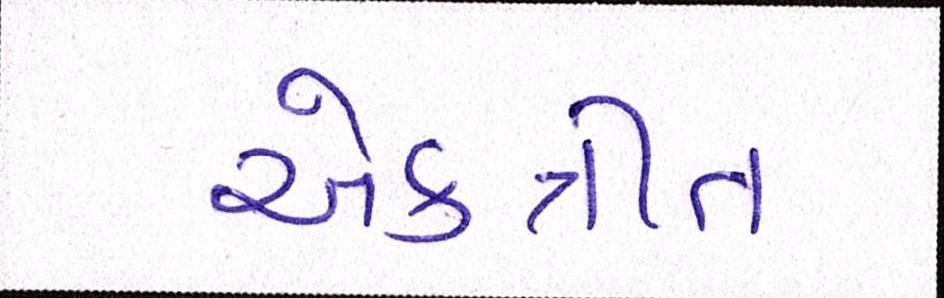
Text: એકત્રીત